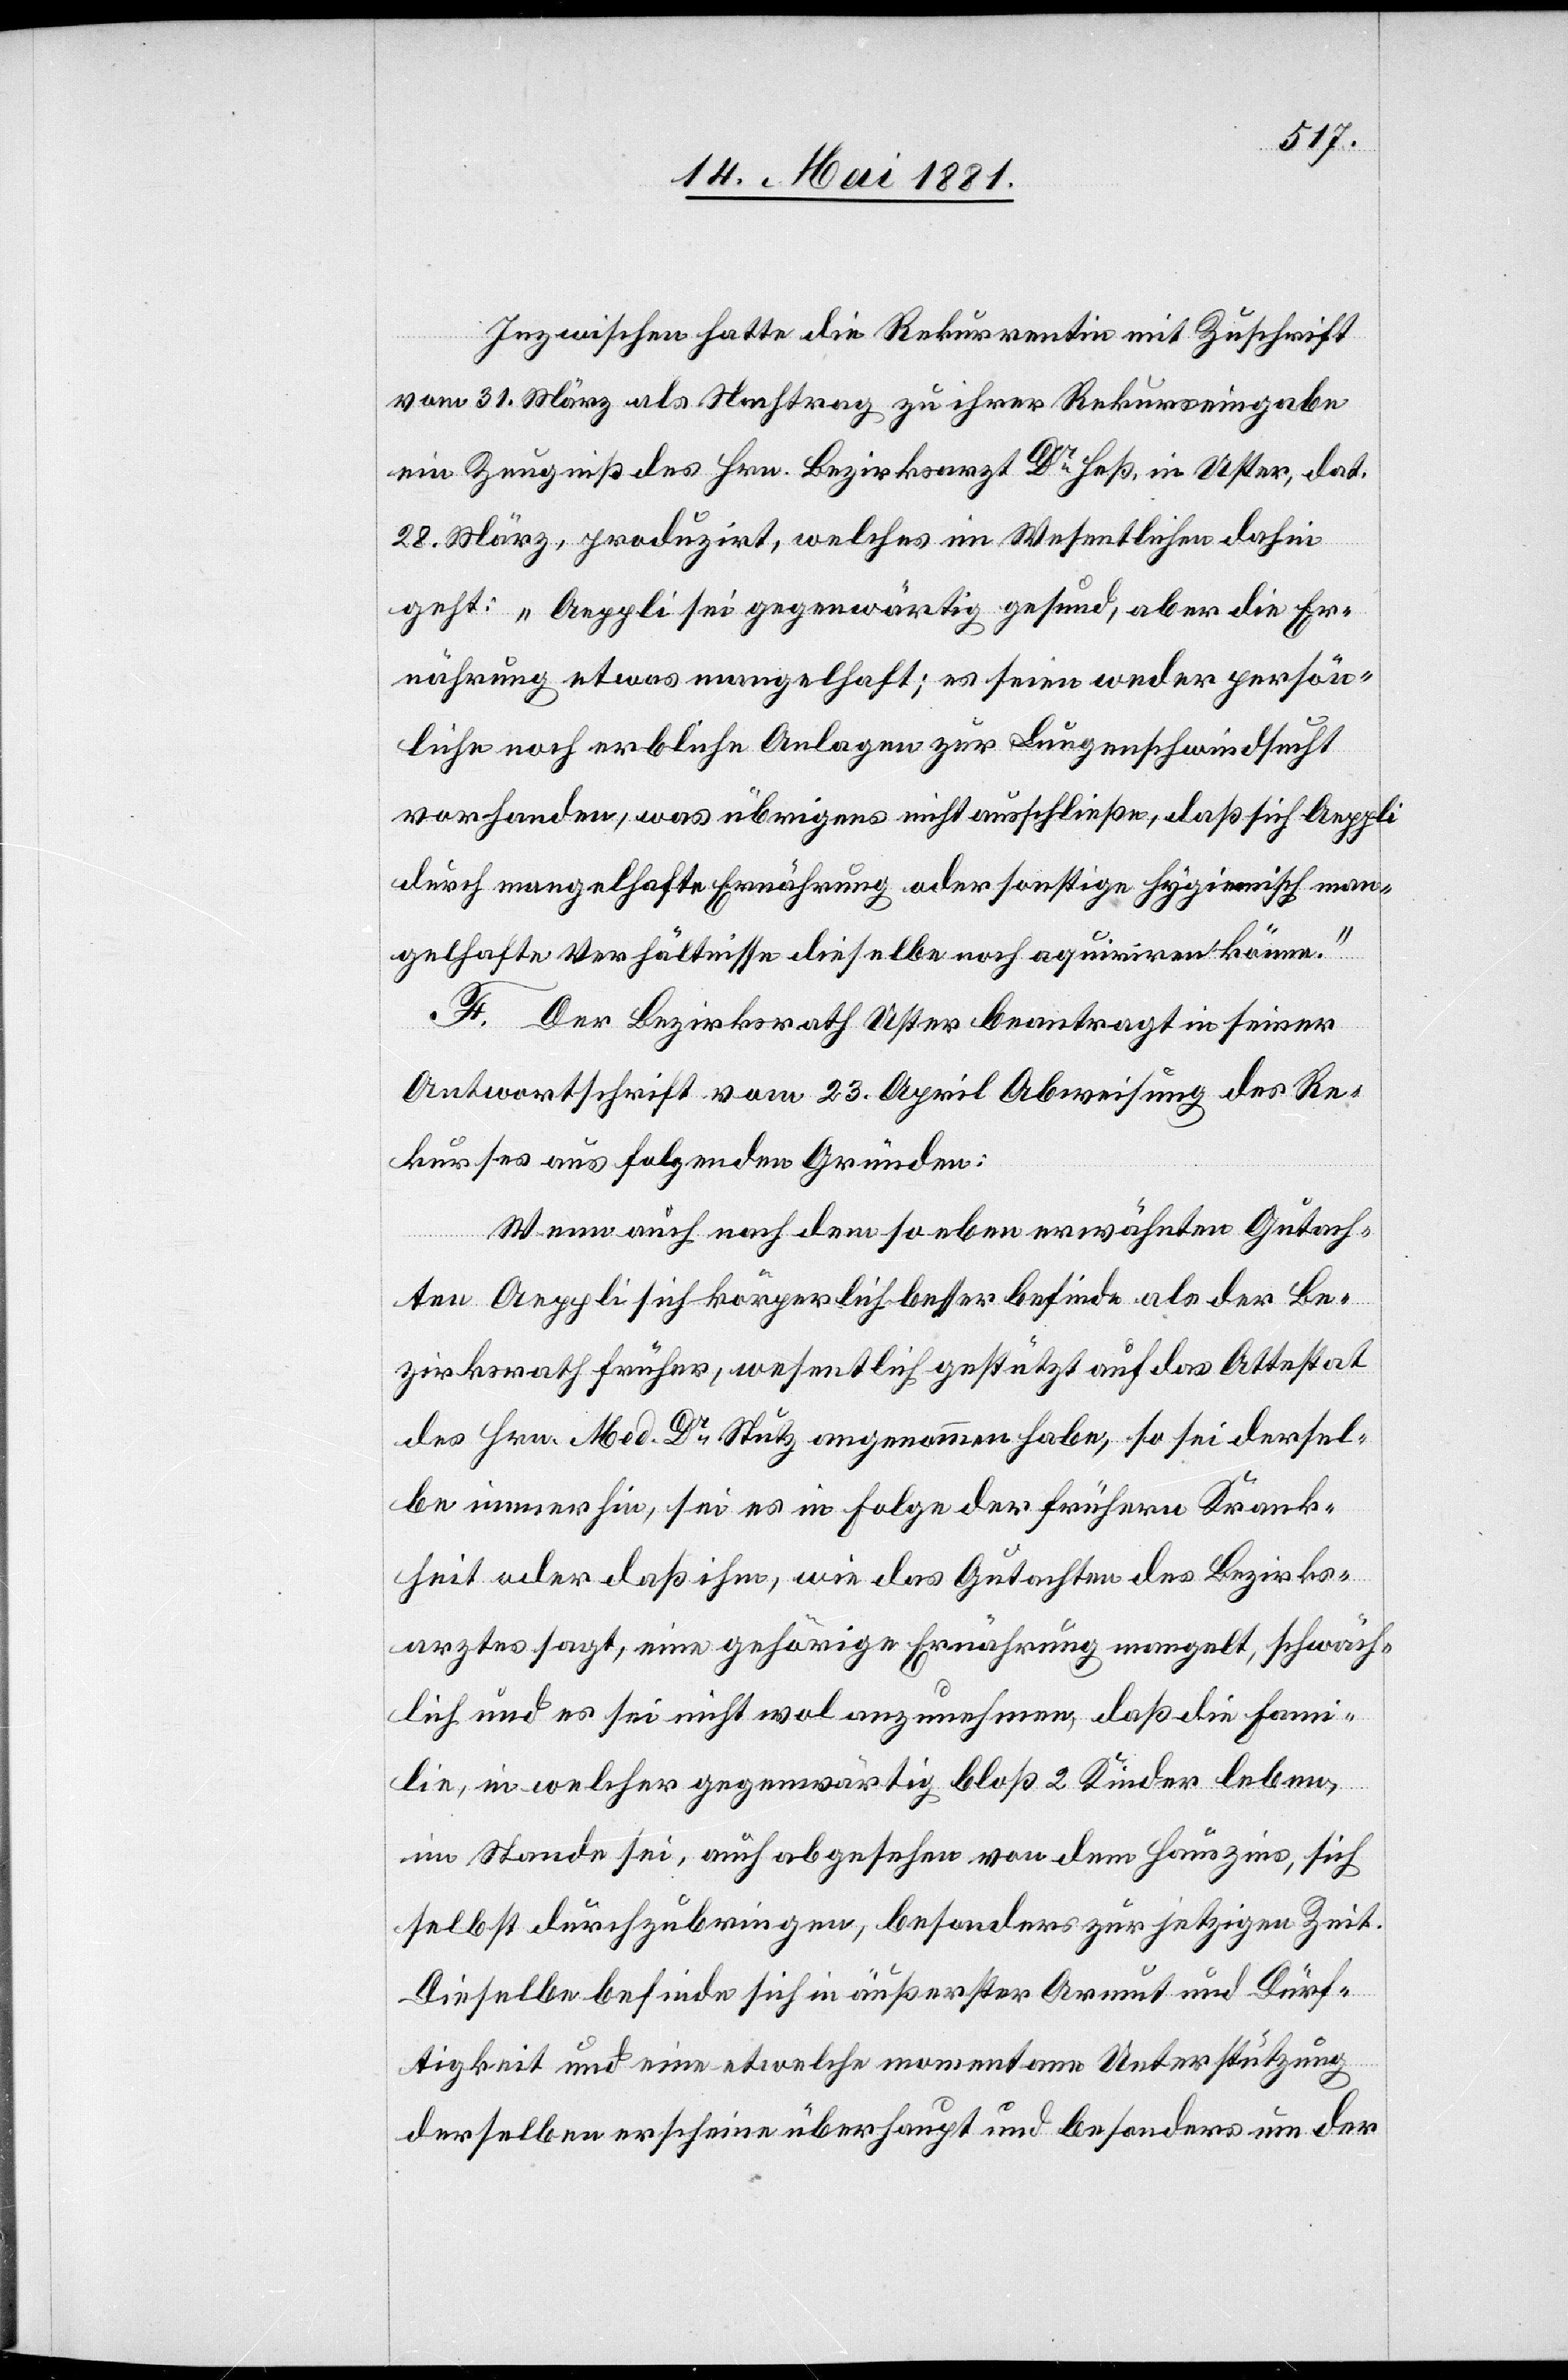
Inzwischen hatte die Rekurrentin mit Zuschrift
vom 31. März als Nachtrag zu ihrer Rekurseingabe
ein Zeugniß des Hrn. Bezirksarzt Dr Heß, in Uster, dat.
28. März, produzirt, welches im Wesentlichen dahin
geht: „Aeppli sei gegenwärtig gesund, aber die Er¬
nährung etwas mangelhaft; es seien weder persön¬
liche noch erbliche Anlagen zur Lungenschwindsucht
vorhanden, was übrigens nicht ausschließe, daß sich Aeppli
durch mangelhafte Ernährung oder sonstige hygienisch man¬
gelhafte Verhältnisse dieselbe noch aquiriren könne.“
F. Der Bezirksrath Uster beantragt in seiner
Antwortschrift vom 23. April Abweisung des Re¬
kurses aus folgenden Gründen:
Wenn auch nach dem so eben erwähnten Gutach¬
ten Aeppli sich körperlich besser befinde als der Be¬
zirksrath früher, wesentlich gestützt auf das Attestat
des Hrn. Med. Dr Stutz angenommen habe, so sei dersel¬
be immerhin, sei es in Folge der frühern Krank¬
heit oder daß ihm, wie das Gutachten des Bezirks¬
rathes sagt, eine gehörige Ernährung mangelt, schwäch¬
lich und es sei nicht mal anzunehmen, daß die Fami¬
lie, in welcher gegenwärtig bloß 2 Kinder leben,
im Stande sei, auch abgesehen von dem Hauszins, sich
selbst durchzubringen, besonders zur jetzigen Zeit.
Dieselbe befinde sich in äußerster Armut und Dürf¬
tigkeit und eine etwelche momentane Unterstützung
derselben erscheine überhaupt und besonders um der